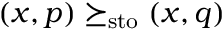
( x , p ) \succeq _ { \mathrm { s t o } } ( x , q )